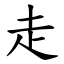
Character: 走